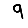
Digit: 9